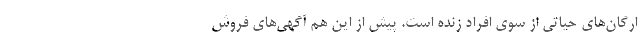
ارگان‌های حیاتی از سوی افراد زنده است. پیش از این هم آگهی‌های فروش